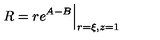
R = r e ^ { A - B } \Big | _ { r = \xi , z = 1 }